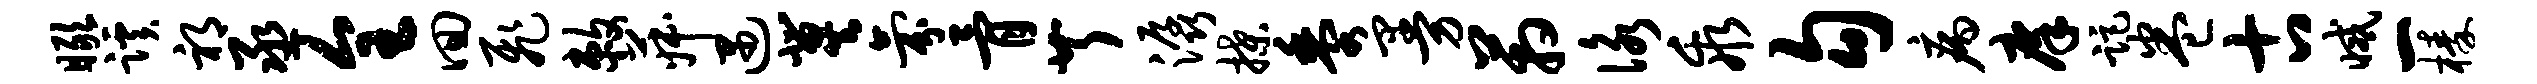
瞰蹊祁丞全回飞敕菽遇冀氛骨芹潺揲黍曼箱咏乖勾病庠距卷古减一榛